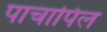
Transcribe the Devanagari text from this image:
पाचापिल